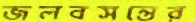
জলবসন্তের